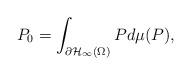
LaTeX: \begin{align*}P_{0}=\int_{\partial\mathcal{H}_{\infty}(\Omega)}P d\mu(P),\end{align*}